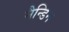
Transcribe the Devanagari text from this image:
मैन्डिन